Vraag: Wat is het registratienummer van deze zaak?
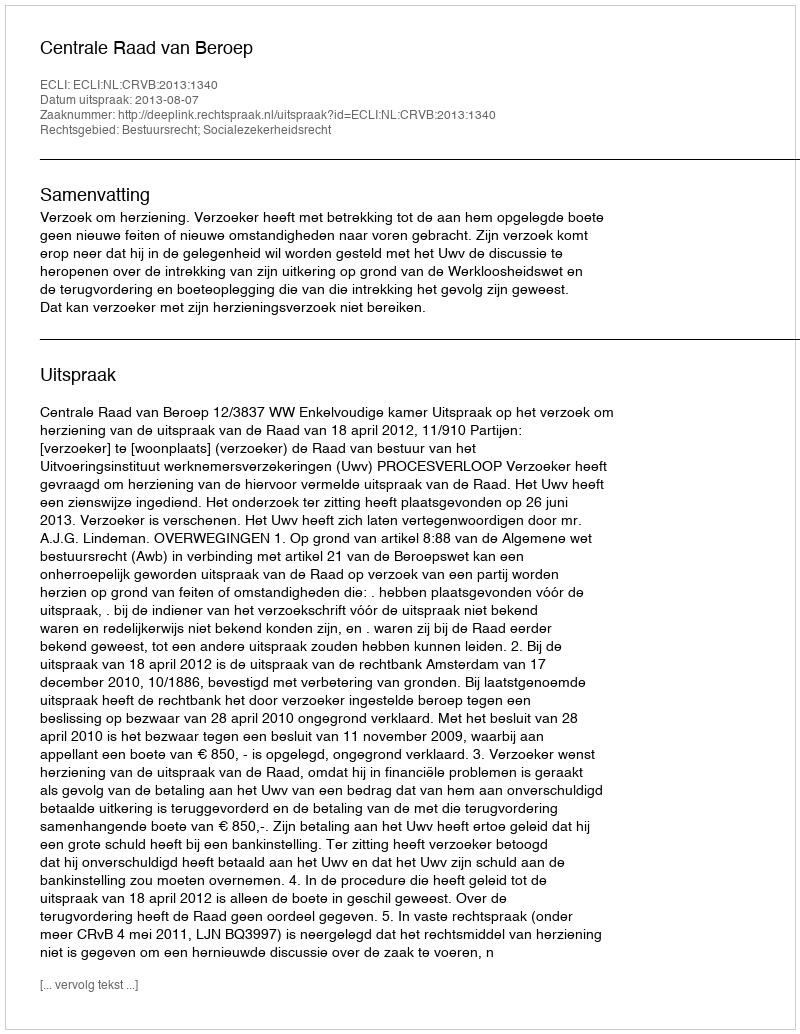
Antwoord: http://deeplink.rechtspraak.nl/uitspraak?id=ECLI:NL:CRVB:2013:1340